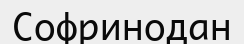
Софринодан